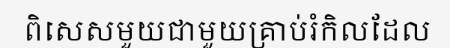
ពិសេសមួយជាមួយគ្រាប់រំកិលដែល